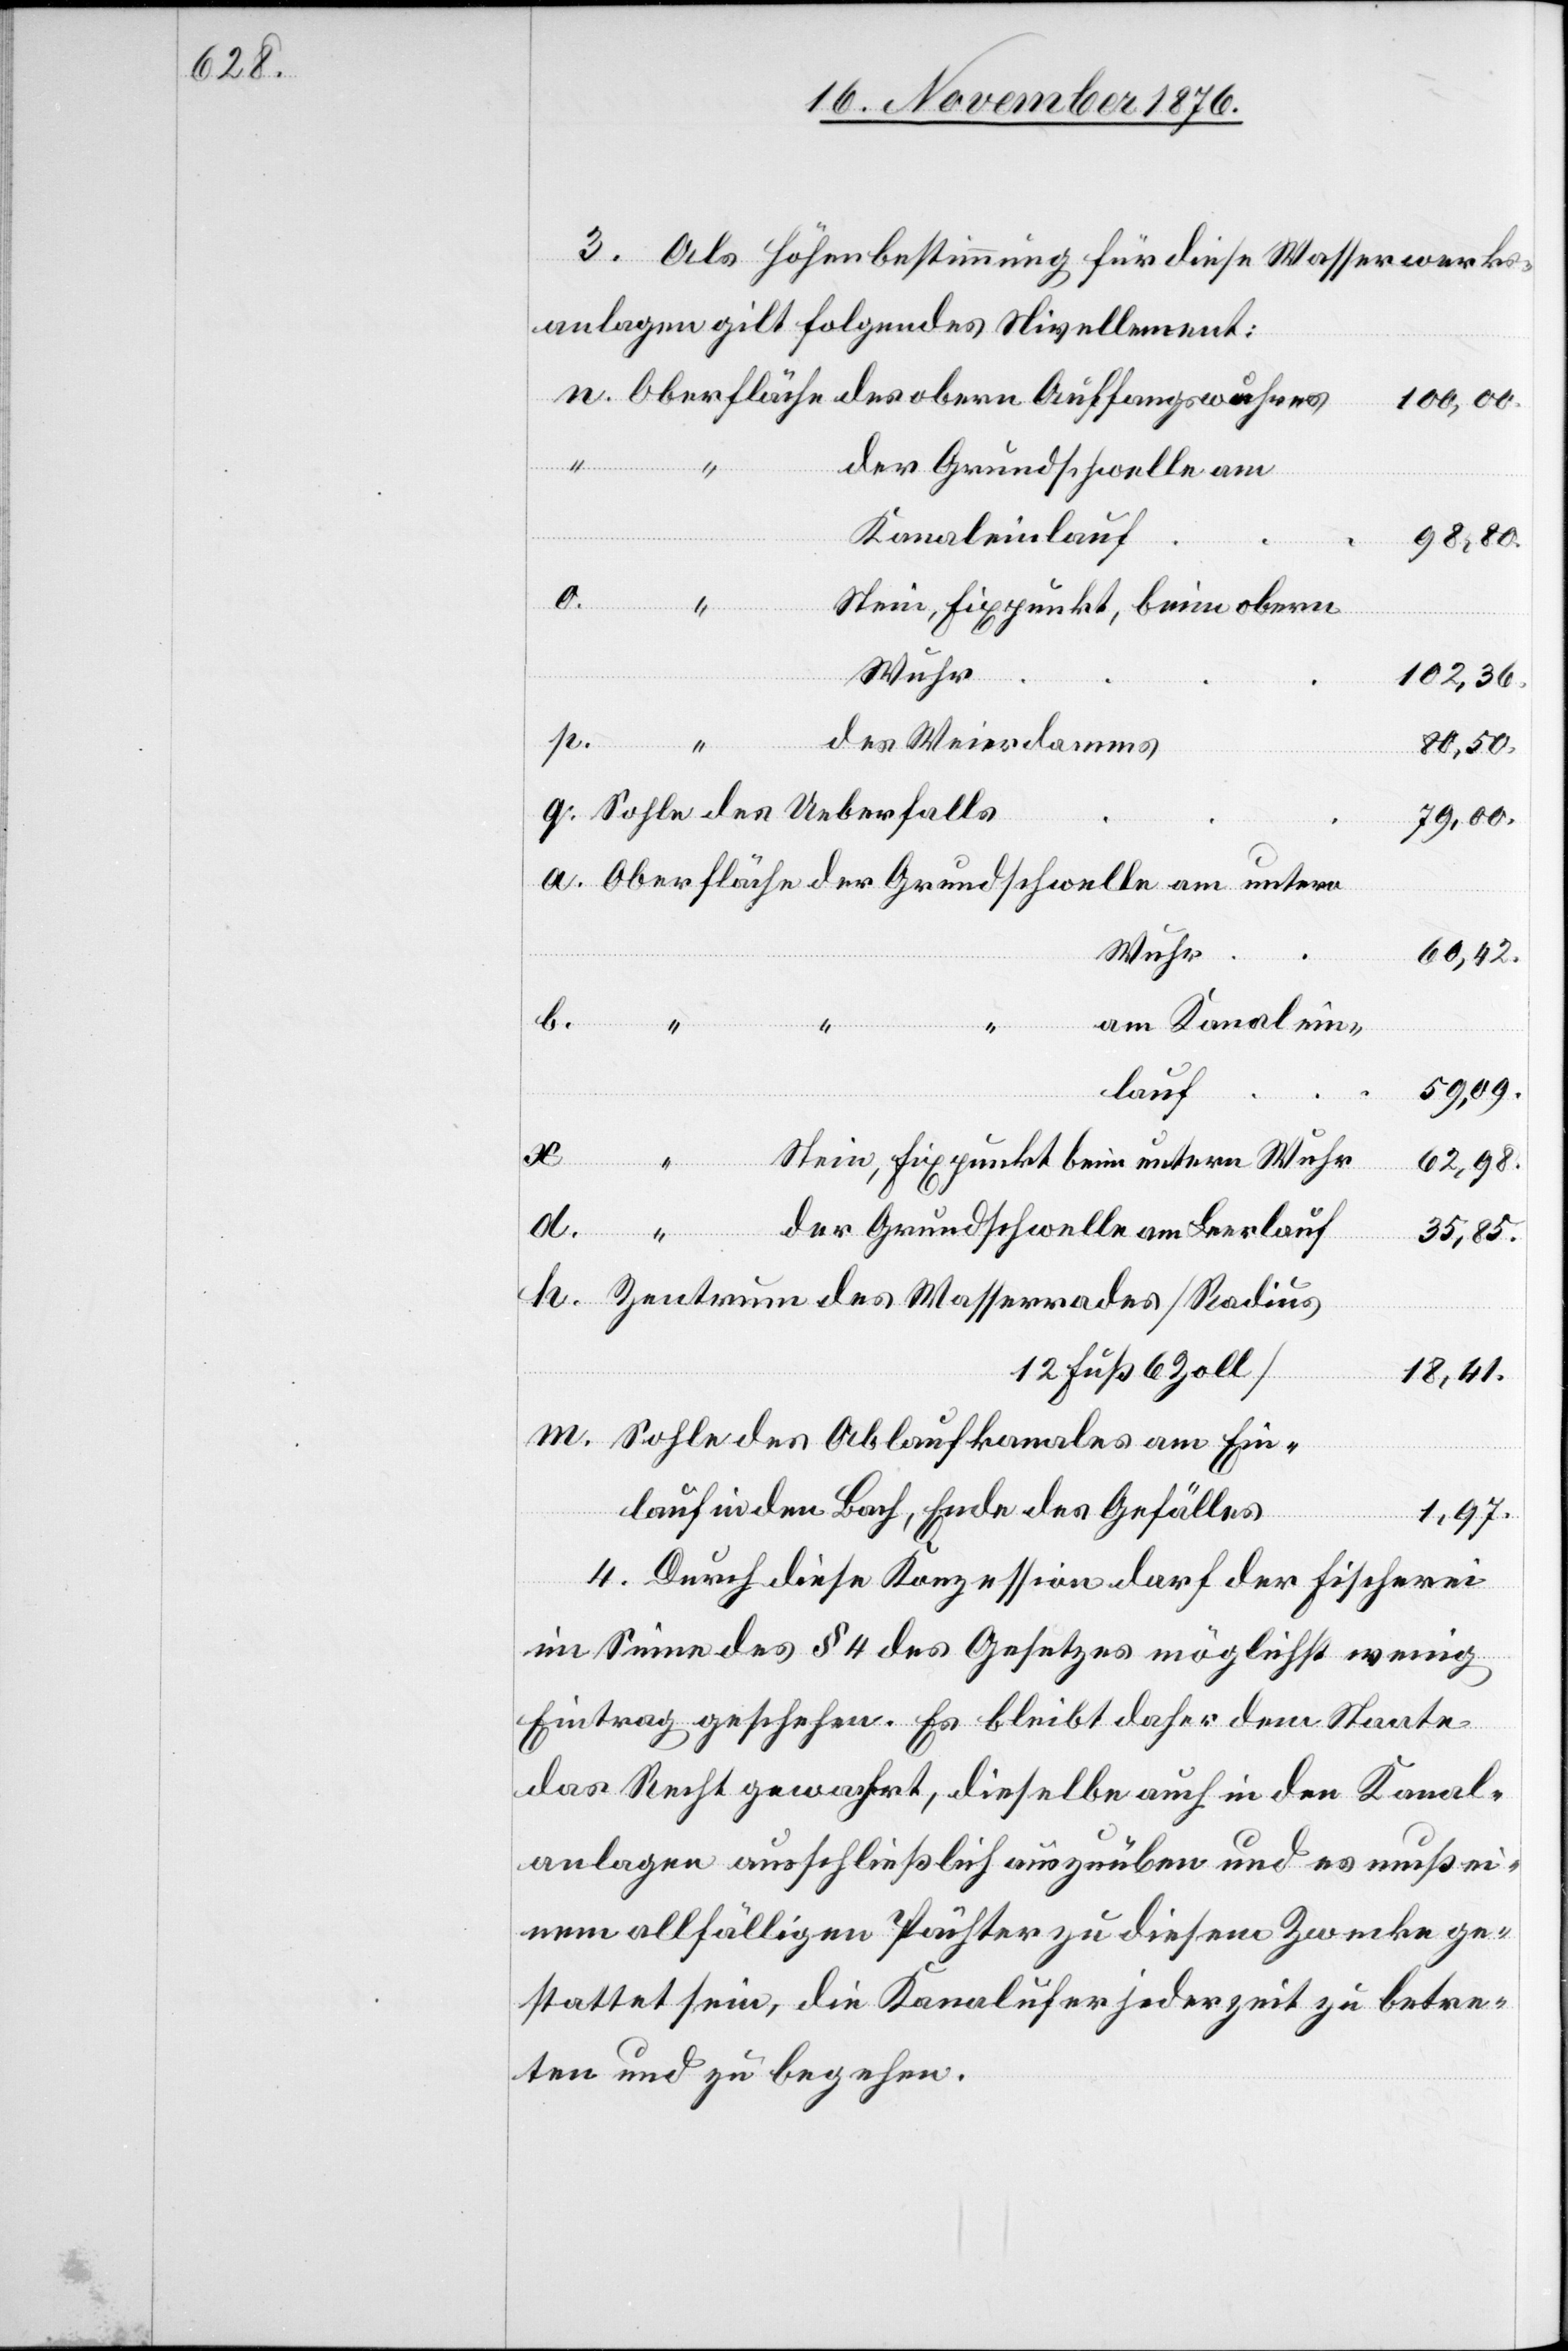
3. Als Höhenbestimmung für diese Wasserwerks¬
anlagen gilt folgendes Nivellement:
100,00.
der Grundschwelle am
Kanaleinlauf
98,80.
m.
102,36.
80,50.
79,00.
Wuhr
60,42.
des
Weierdamms
am Kanalein¬
am Ein¬
59,09.
lauf
a.
Ablaufkanales
Zentrum
62,98.
35,85.
12 Fuß 6 Zoll]
18,41.
lauf in den Bach, Ende des Gefälles
1,97.
4. Durch diese Konzession darf der Fischerei
im Sinne des § 4 des Gesetzes möglichst wenig
Eintrag geschehen. Es bleibt daher dem Staate
das Recht gewahrt, dieselbe auch in den Kanal¬
anlagen ausschließlich auszuüben und es muß ei¬
nem allfälligen Pächter zu diesem Zwecke ge¬
stattet sein, die Kanalufer jederzeit zu betre¬
ten und zu begehen.